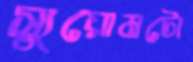
স্যুয়োমটো